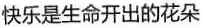
快乐是生命开出的花朵